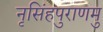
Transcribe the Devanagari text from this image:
नृसिंहपुराणमु